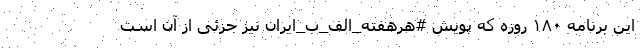
این برنامه ۱۸۰ روزه که پویش #هرهفته_الف_ب_ایران نیز جزئی از آن است